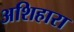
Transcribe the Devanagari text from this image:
अशिहारा